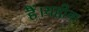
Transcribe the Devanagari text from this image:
हैं।यहोवा